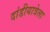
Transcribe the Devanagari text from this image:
दांडीयात्रेला